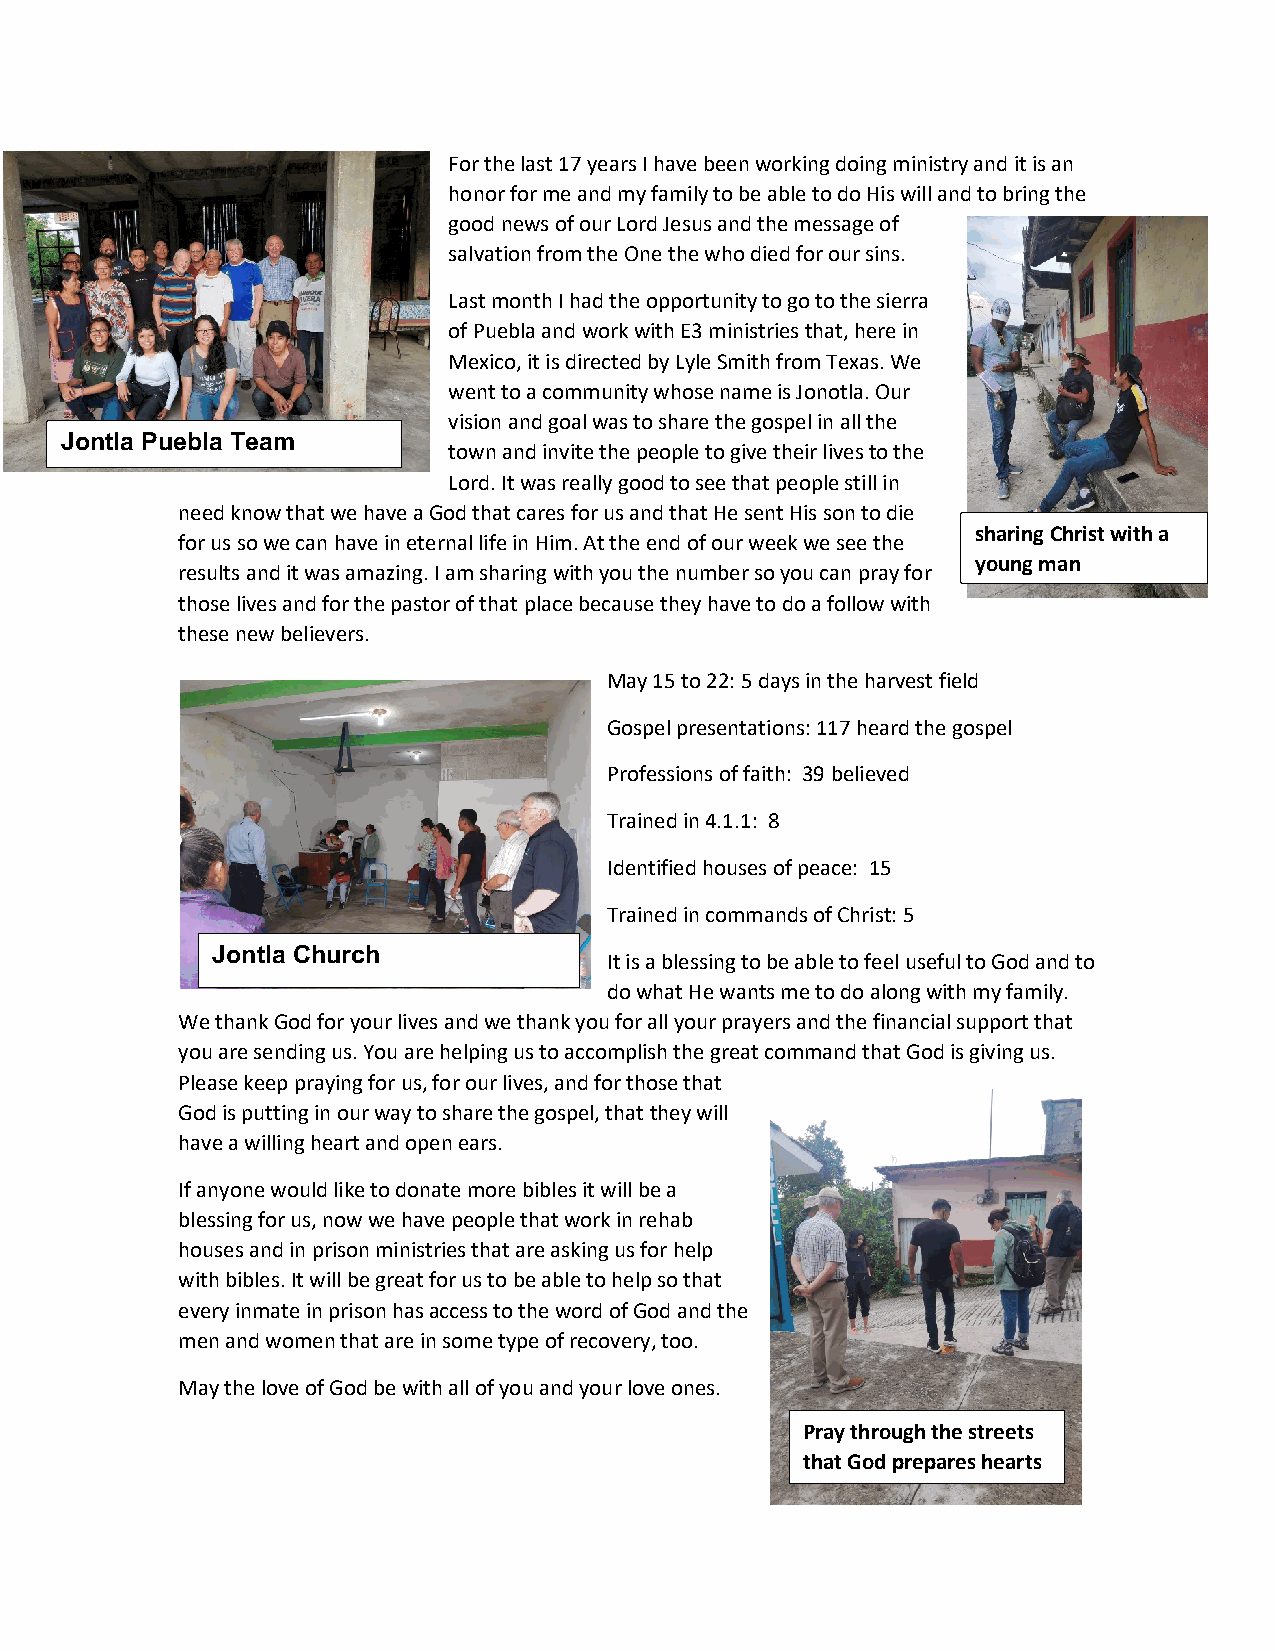
For the last 17 years I have been working doing ministry and it is an
 honor for me and my family to be able to do His will and to bring the
 good news of our Lord Jesus and the message of
 salvation from the One the who died for our sins.
 Last month I had the opportunity to go to the sierra
 of Puebla and work with E3 ministries that, here in
 Mexico, it is directed by Lyle Smith from Texas. We
 went to a community whose name is Jonotla. Our
 vision and goal was to share the gospel in all the
 Jontla Puebla Team
 town and invite the people to give their lives to the
 Lord. It was really good to see that people still in
 need know that we have a God that cares for us and that He sent His son to die
 sharing Christ with a
 for us so we can have in eternal life in Him. At the end of our week we see the
 young man
 results and it was amazing. I am sharing with you the number so you can pray for
 those lives and for the pastor of that place because they have to do a follow with
 these new believers.
 May 15 to 22: 5 days in the harvest field
 Gospel presentations: 117 heard the gospel
 Professions of faith: 39 believed
 Trained in 4.1.1: 8
 Identified houses of peace: 15
 Trained in commands of Christ: 5
 Jontla Church
 It is a blessing to be able to feel useful to God and to
 do what He wants me to do along with my family.
 We thank God for your lives and we thank you for all your prayers and the financial support that
 you are sending us. You are helping us to accomplish the great command that God is giving us.
 Please keep praying for us, for our lives, and for those that
 God is putting in our way to share the gospel, that they will
 have a willing heart and open ears.
 If anyone would like to donate more bibles it will be a
 blessing for us, now we have people that work in rehab
 houses and in prison ministries that are asking us for help
 with bibles. It will be great for us to be able to help so that
 every inmate in prison has access to the word of God and the
 men and women that are in some type of recovery, too.
 May the love of God be with all of you and your love ones.
 Pray through the streets
 that God prepares hearts